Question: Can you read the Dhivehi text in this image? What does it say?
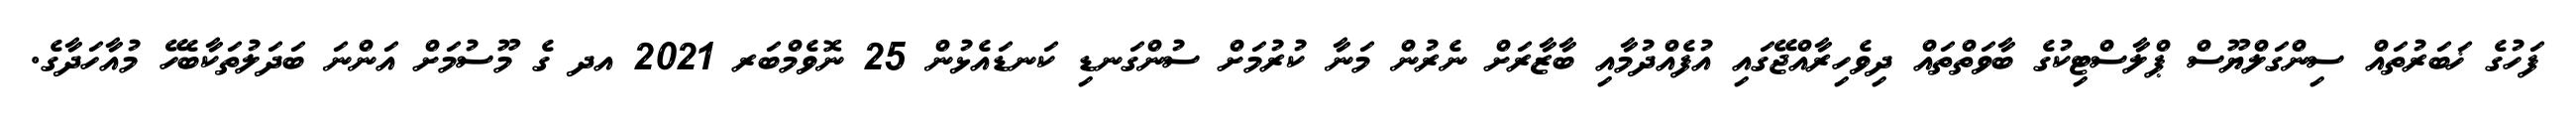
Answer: ފަހުގެ ޚަބަރުތައް ސިންގަލްޔޫސް ޕްލާސްޓިކުގެ ބާވަތްތައް ދިވެހިރާއްޖޭގައި އުފެއްދުމާއި ބާޒާރަށް ނެރުން މަނާ ކުރުމަށް ސުންގަނޑި ކަނޑައެޅުން 25 ނޮވެމްބަރ 2021 އދ ގެ މޫސުމަށް އަންނަ ބަދަލުތަކާބެހޭ މުއާހަދާގެ.